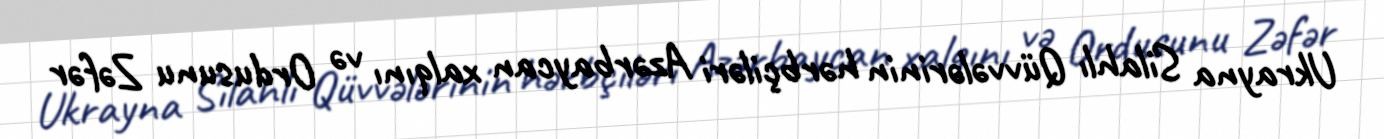
Ukrayna Silahlı Qüvvələrinin hərbçiləri Azərbaycan xalqını və Ordusunu Zəfər